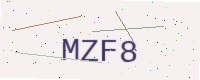
Text: MZF8